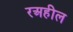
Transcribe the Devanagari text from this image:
रअहील